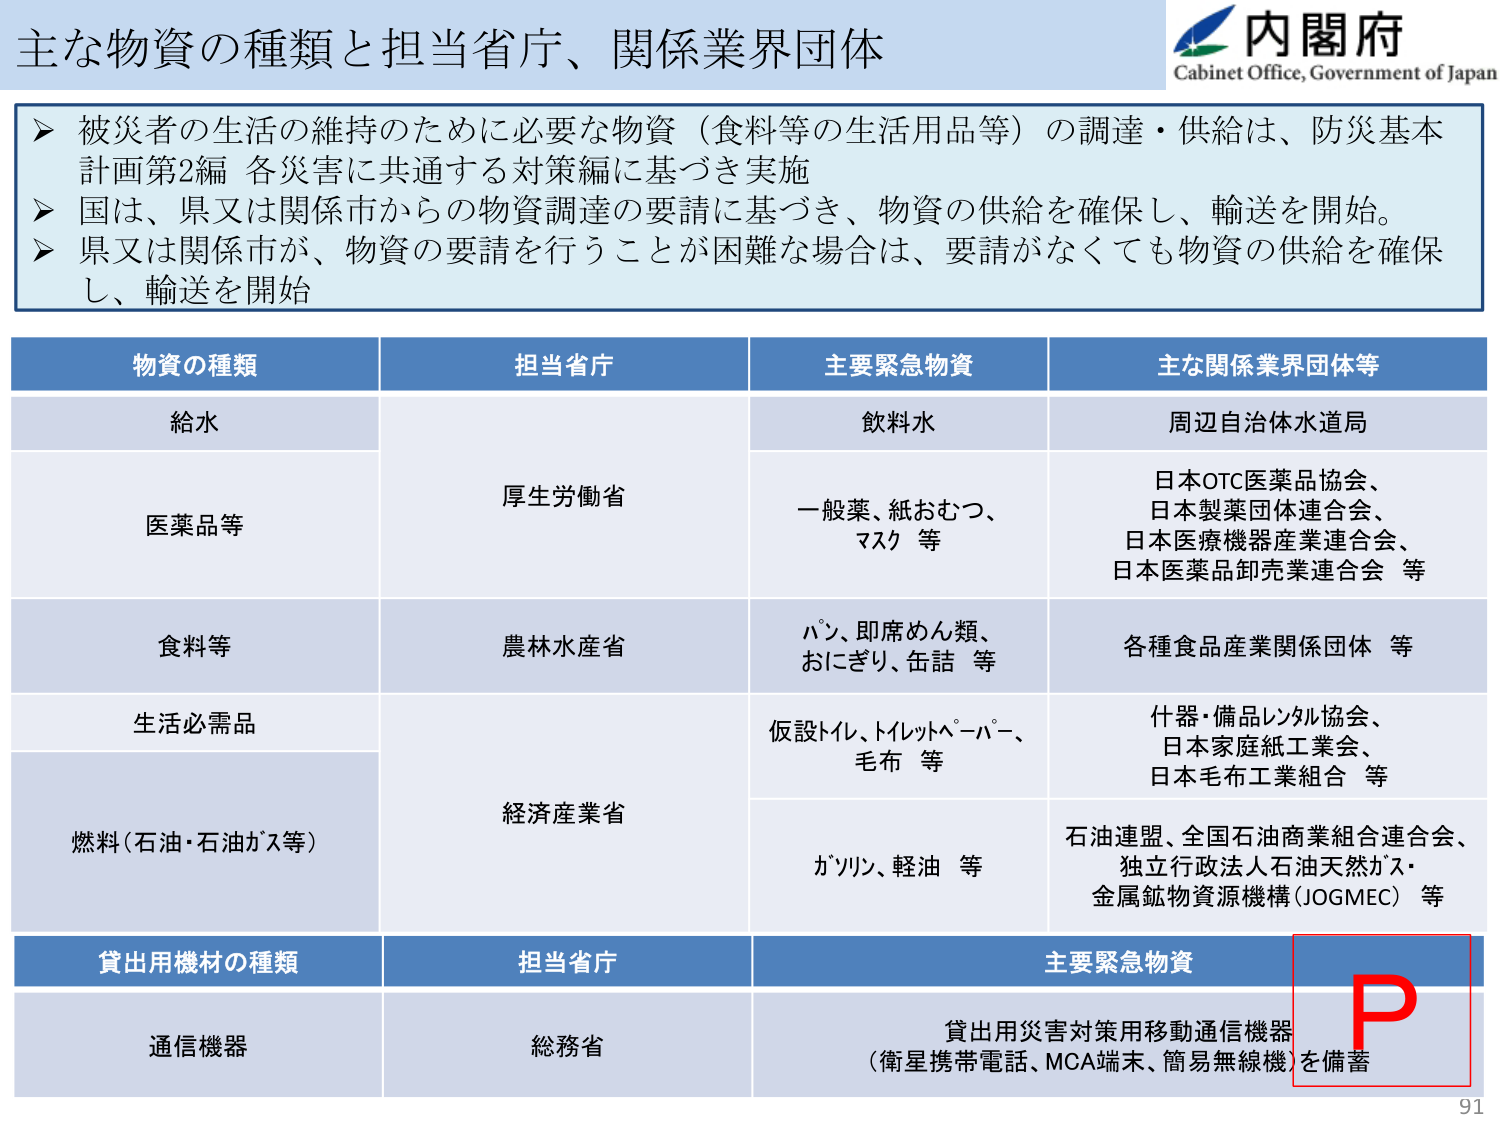
主な物資の種類と担当省庁、関係業界団体

内閣府
Cabinet Office, Government of Japan

➤ 被災者の生活の維持のために必要な物資（食料等の生活用品等）の調達・供給は、防災基本計画第2編 各災害に共通する対策編に基づき実施
➤ 国は、県又は関係市からの物資調達の要請に基づき、物資の供給を確保し、輸送を開始。
➤ 県又は関係市が、物資の要請を行うことが困難な場合は、要請がなくても物資の供給を確保し、輸送を開始

物資の種類　担当省庁　主要緊急物資　主な関係業界団体等

給水　厚生労働省　飲料水　周辺自治体水道局
医薬品等　　一般薬、紙おむつ、マスク 等　日本OTC医薬品協会、日本製薬団体連合会、日本医療機器産業連合会、日本医薬品卸売業連合会 等
食料等　農林水産省　パン、即席めん類、おにぎり、缶詰 等　各種食品産業関係団体 等
生活必需品　経済産業省　仮設トイレ、トイレットペーパー、毛布 等　什器・備品レンタル協会、日本家庭紙工業会、日本毛布工業組合 等
燃料（石油・石油ガス等）　　ガソリン、軽油 等　石油連盟、全国石油商業組合連合会、独立行政法人石油天然ガス・金属鉱物資源機構（JOGMEC） 等

貸出用機材の種類　担当省庁　主要緊急物資

通信機器　総務省　貸出用災害対策用移動通信機器（衛星携帯電話、MCA端末、簡易無線機）を備蓄

P

91